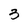
Character: 3